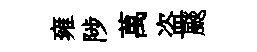
雍陟萬盗颷